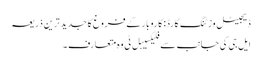
ڈیجیٹل وزٹنگ کارڈ: کاروبار کے فروغ کا جدید ترین ذریعہ
ایل جی کی جانب سے فلیکسیبل ٹی وہ متعارف ۔